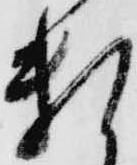
頼